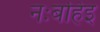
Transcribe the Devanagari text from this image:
नःबहिइ